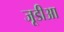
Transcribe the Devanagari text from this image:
जूडीआ